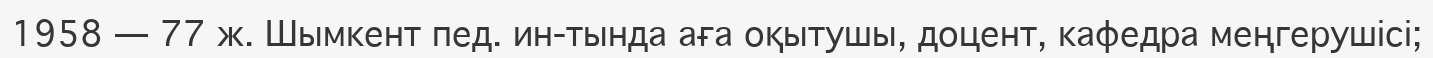
1958 — 77 ж. Шымкент пед. ин-тында аға оқытушы, доцент, кафедра меңгерушісі;